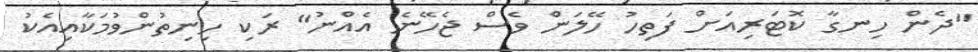
"ދެން ހިނގާ ކޮޓަރިއަށް ފަތިހު ހޭލަން ވެސް ޖެހޭނެ އެއްނު" ރަކި ހިނިތުންވުމަކާއިއެކު